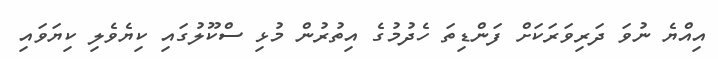
އިއްޔެ ނުވަ ދަރިވަރަކަށް ފަންޑިތަ ހެދުމުގެ އިތުރުން މުޅި ސްކޫލުގައި ކިޔެވެލި ކިޔަވައި